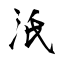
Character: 汦